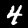
Digit: 4